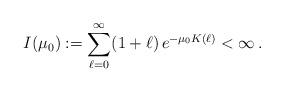
LaTeX: \begin{align*}I(\mu_0) := \sum_{\ell=0}^\infty (1+\ell) \, e^{-\mu_0 K(\ell)} < \infty \, . \end{align*}